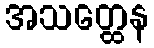
အသတ္ထေန